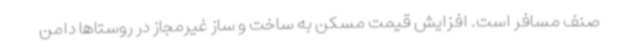
صنف مسافر است. افزایش قیمت مسکن به ساخت و ساز غیرمجاز در روستاها دامن